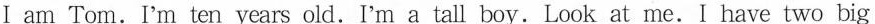
Ⅰ am Tom.I'm ten years old. I'm a tall boy. Look at me.I have two big